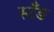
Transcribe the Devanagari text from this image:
स्टँङ